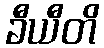
ခီယီတိ